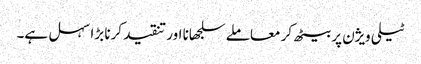
ٹیلی ویژن پر بیٹھ کر معاملے سلجھانا اور تنقید کرنا بڑا سہل ہے۔